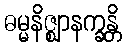
ဓမ္မနိဇ္ဈာနက္ခန္တိ